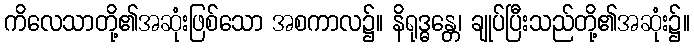
ကိလေသာတို့၏အဆုံးဖြစ်သော အစကာလ၌။ နိရုဒ္ဓန္တေ၊ ချုပ်ပြီးသည်တို့၏အဆုံး၌။